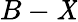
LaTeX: B-\mathit{X}